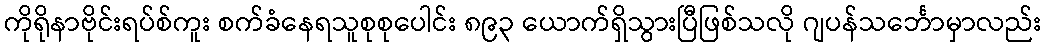
ကိုရိုနာဗိုင်းရပ်စ်ကူး စက်ခံနေရသူစုစုပေါင်း ၈၉၃ ယောက်ရှိသွားပြီဖြစ်သလို ဂျပန်သင်္ဘောမှာလည်း